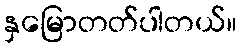
နှမြောတတ်ပါတယ်။